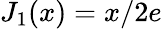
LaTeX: J_{1}(x)={x}/{2e}